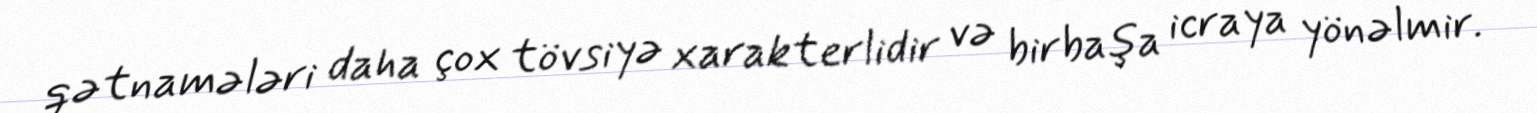
qətnamələri daha çox tövsiyə xarakterlidir və birbaşa icraya yönəlmir.